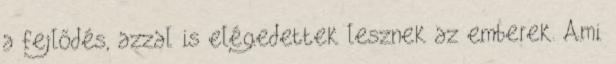
a fejlődés, azzal is elégedettek lesznek az emberek. Ami